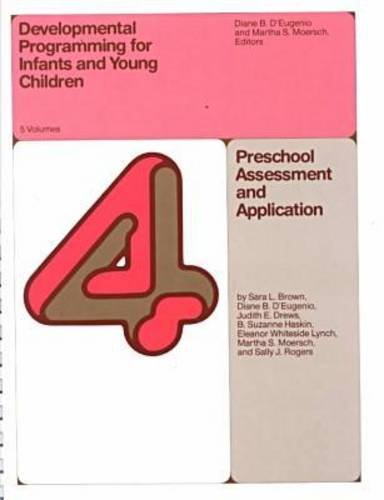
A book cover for Developmental Programming for Infants and Young Children: Volumes 4 & 5. Preschool Assessment and Application (Volumes 4 and 5) (v. 4 & 5); Medical Books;